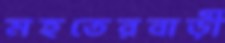
মহতেরবাড়ী